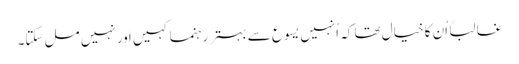
‏ غالباً اُن کا خیال تھا کہ اُنہیں یسوع سے بہتر رہنما کہیں اَور نہیں مل سکتا۔